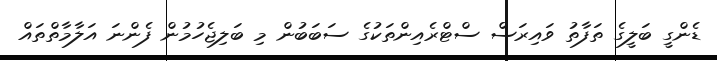
ޑެންގީ ބަލީގެ ތަފާތު ވައިރަސް ސްޓްރެއިންތަކުގެ ސަބަބުން މި ބަލިޖެހުމުން ފެންނަ އަލާމާތްތައް